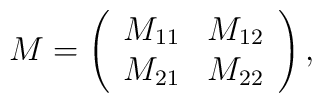
M=\left( \begin{array}{cc}M_{11} & M_{12} \\ M_{21} & M_{22}\end{array}\right) ,